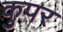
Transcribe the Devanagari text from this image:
कुपर